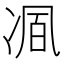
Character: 𭂒